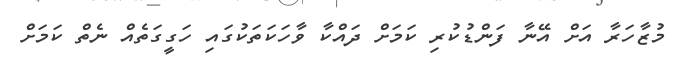
މުޒާހަރާ އަށް އޭނާ ފަންޑުކުރި ކަމަށް ދައްކާ ވާހަކަތަކުގައި ހަގީގަތެއް ނެތް ކަމަށް